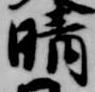
晴